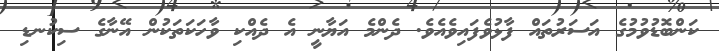
ކަންބޮޑުވުމުގެ އަސަރުތައް ފާޅުވެފައިވެއެވެ. ދެންމެ އަޔާނީ އެ ދެއްކި ވާހަކަތަކުން އޭނާގެ ސިކުނޑި